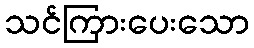
သင်ကြားပေးသော